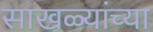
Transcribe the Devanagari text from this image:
साखळ्यांच्या